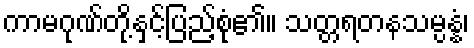
ကာမဂုဏ်တို့နှင့်ပြည့်စုံ၏။ သတ္တရတနသမ္ပန္နံ၊